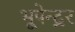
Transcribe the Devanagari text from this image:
भूपेन्‍द्रर